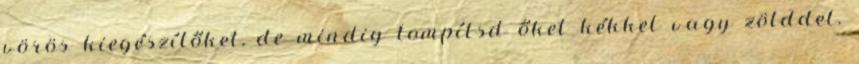
vörös kiegészítőket, de mindig tompítsd őket kékkel vagy zölddel.